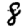
Digit: 8